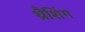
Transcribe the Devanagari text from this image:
थ्रैशिंग